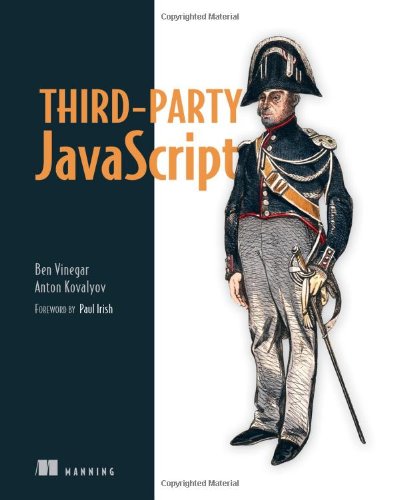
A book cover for Third-Party JavaScript; Ben Vinegar; Computers & Technology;